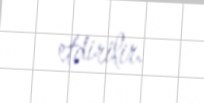
etdirilir.